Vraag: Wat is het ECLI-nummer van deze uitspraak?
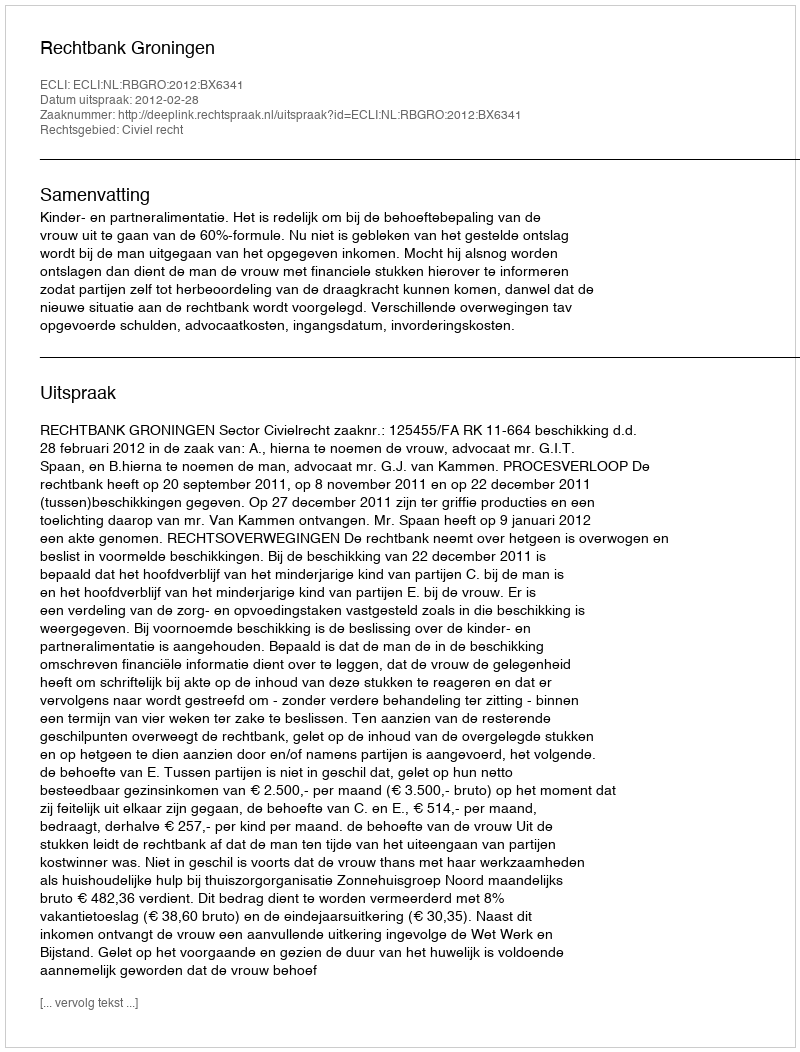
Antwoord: ECLI:NL:RBGRO:2012:BX6341